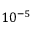
1 0 ^ { - 5 }